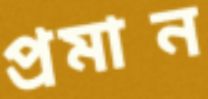
প্রমান